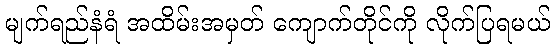
မျက်ရည်နံရံ အထိမ်းအမှတ် ကျောက်တိုင်ကို လိုက်ပြရမယ်